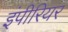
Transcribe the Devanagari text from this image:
इंपीरियर